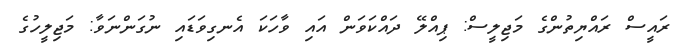
ރައީސް ރައްޔިތުންގެ މަޖިލީސް: ޕިއްލޭ ދައްކަވަން އައި ވާހަކަ އެނގިވަޑައި ނުގަންނަވާ: މަޖިލީހުގެ